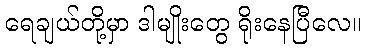
ရေချယ်တို့မှာ ဒါမျိုးတွေ ရိုးနေပြီလေ။